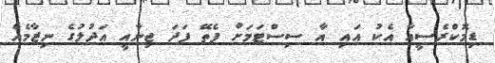
ޑިމޮކްރެސީއާ އެކު އައި އާ ސިސްޓަމަށް ފެތޭ ފަދަ ޖިނާއީ އަދުލުގެ ނިޒާމެއް